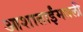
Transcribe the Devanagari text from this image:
आशाताईंमधली